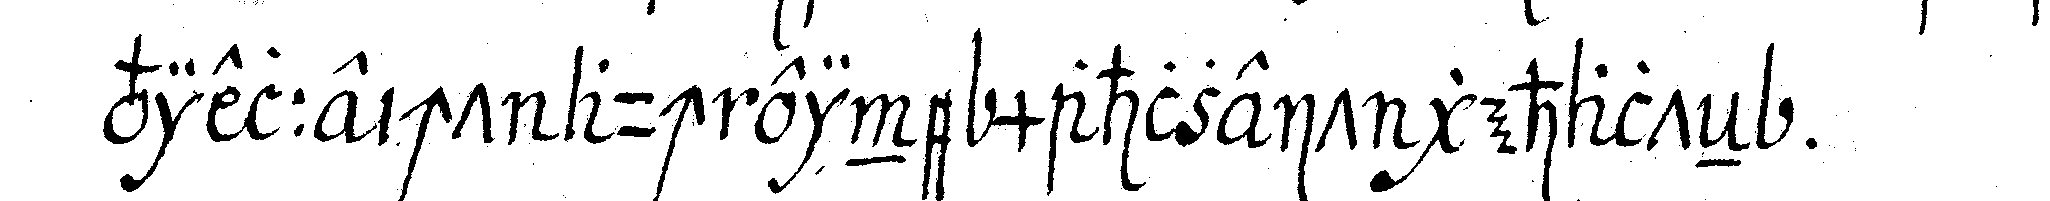
vielleicht auch eine mahlzeit gehalteN .